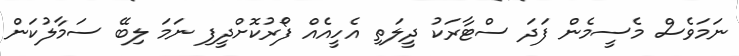
ނަމަވެސް މެސީމެން ފަދަ ސްޓާރަކު ދީލަތި އެހީއެއް ފޯރުކޮށްދީފި ނަމަ ލިބޭ ސަމާލުކަން